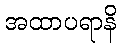
အထာပရာနိ